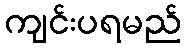
ကျင်းပရမည်